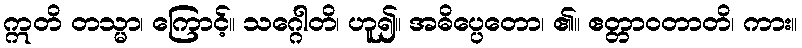
ဣတိ တသ္မာ၊ ကြောင့်။ သဂ္ဂေါတိ၊ ဟူ၍။ အဓိပ္ပေတော၊ ၏။ ဧတ္တာဝတာတိ၊ ကား။